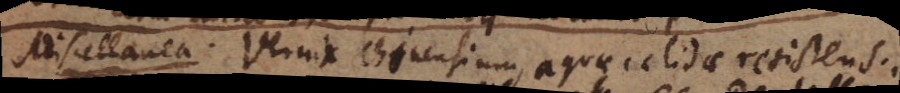
Miscellanea. Vernix Chinensium, aquae calidae resistens.